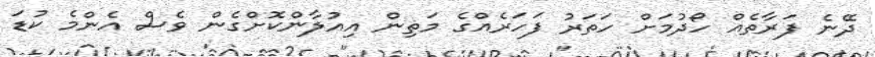
ދޭނެ ފަރާތެއް ހޯދުމަށް ހަތަރު ފަހަރެއްގެ މަތިން އިއުލާންކޮށްގެން ވެސް އެންމެ ކުޑަ